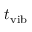
t _ { \mathrm { v i b } }